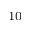
_ { 1 0 }